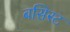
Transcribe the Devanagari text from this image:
बसिस्ट